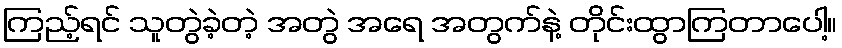
ကြည့်ရင် သူတွဲခဲ့တဲ့ အတွဲ အရေ အတွက်နဲ့ တိုင်းထွာကြတာပေါ့။